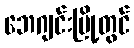
ဘေဂျင်းမြို့တွင်